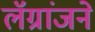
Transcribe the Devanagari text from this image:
लॅग्रांजने